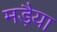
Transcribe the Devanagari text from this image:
मड़ैया